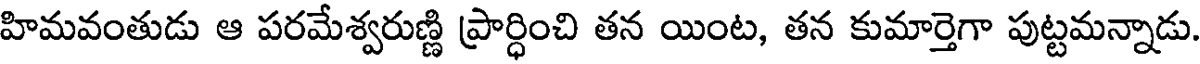
హిమవంతుడు ఆ పరమేశ్వరుణ్ణి ప్రార్ధించి తన యింట, తన కుమార్తెగా పుట్టమన్నాడు.